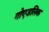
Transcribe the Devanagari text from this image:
गोएडलिक